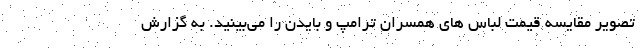
تصویر مقایسه قیمت لباس های همسران ترامپ و بایدن را می‌بینید. به گزارش